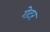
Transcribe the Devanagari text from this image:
गेटर